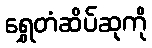
ရွှေတံဆိပ်ဆုကို